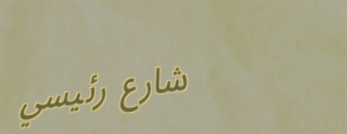
شارع رئيسي